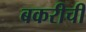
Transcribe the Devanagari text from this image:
बकरीची